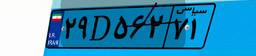
۲۹D۵۶۲۷۱